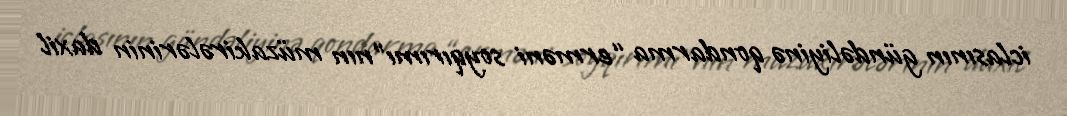
iclasının gündəliyinə qondarma “erməni soyqırımı”nın müzakirələrinin daxil